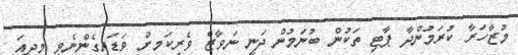
މުޒާހަރާ ކުރަމުންދާ ޕާޓި ތަކުން ބުނަމުން ދަނީ ނަވާޒް ވެރިކަމށް ވަޑައިގެންނެވީ މިދިއަ